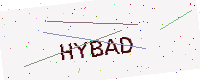
Text: HYBAD